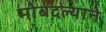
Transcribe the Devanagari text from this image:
मोबदल्याने